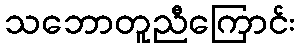
သဘောတူညီကြောင်း